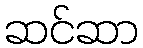
ဆင်ဆာ